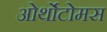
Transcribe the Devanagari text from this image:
ओर्थोटोमस